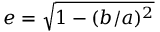
e = { \sqrt { 1 - ( b / a ) ^ { 2 } } }